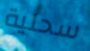
سحلية